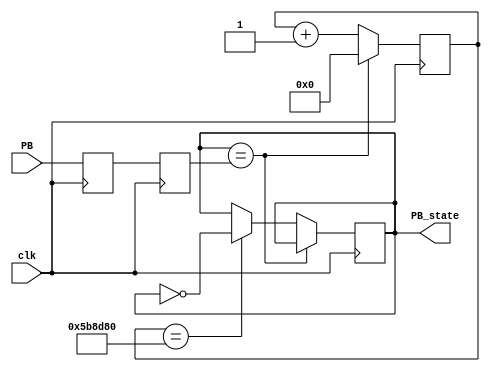
// This program was cloned from: https://github.com/theuppercaseguy/GIKI-Tapeout
// License: Apache License 2.0

`timescale 1ns / 1ps
//////////////////////////////////////////////////////////////////////////////////
// Company: 
// Engineer: 
// 
// Design Name: 
// Module Name: debouncer
// Project Name: 
// Target Devices: 
// Tool Versions: 
// Description: 
// 
// Dependencies: 
// 
// Revision:
// Revision 0.01 - File Created
// Additional Comments:
// 
//////////////////////////////////////////////////////////////////////////////////


module debouncer_clock(
  input clk, 
  input PB,  
   output reg PB_state  
);
    reg PB_sync_0;
    always @(posedge clk) PB_sync_0 <= PB;
    reg PB_sync_1;
    always @(posedge clk) PB_sync_1 <= PB_sync_0;
    
    // Debounce the switch
    reg [26:0] PB_cnt;
    always @(posedge clk)
    if(PB_state==PB_sync_1)
        PB_cnt <= 0;
    else
    begin
        PB_cnt <= PB_cnt + 1'b1; 
        if(PB_cnt == 6000000) PB_state <= ~PB_state; 
    end

endmodule